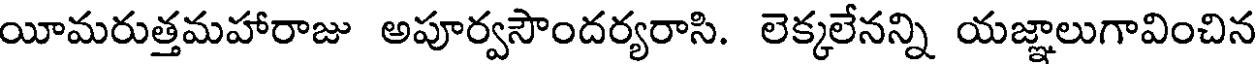
యీమరుత్తమహారాజు అపూర్వసౌందర్యరాసి. లెక్కలేనన్ని యజ్ఞాలుగావించిన